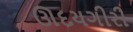
ઊદયગીરી